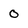
Character: 0